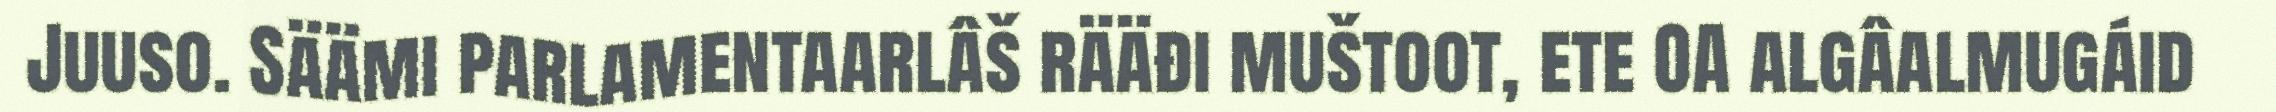
Juuso. Säämi parlamentaarlâš rääđi muštoot, ete OA algâalmugáid